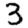
Digit: 3